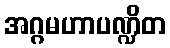
အဂ္ဂမဟာပဏ္ဍိတ